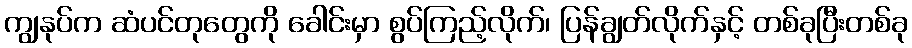
ကျွနုပ်က ဆံပင်တုတွေကို ခေါင်းမှာ စွပ်ကြည့်လိုက်၊ ပြန်ချွတ်လိုက်နှင့် တစ်ခုပြီးတစ်ခု